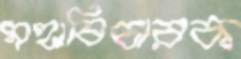
মহাবিচারক